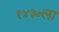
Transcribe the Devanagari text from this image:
१४३०ला